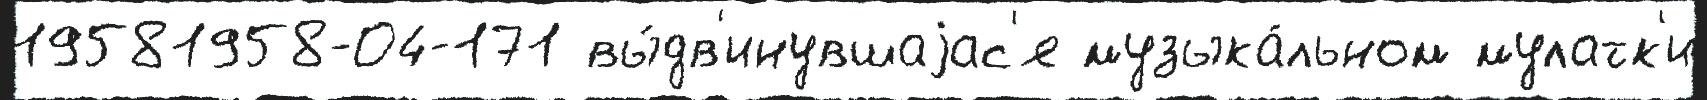
19581958-04-171 вы́дв'инувшаjас'я музыка́льном мулатк'и